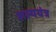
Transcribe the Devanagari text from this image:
शल्ययंत्र